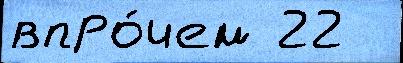
впро́чем 22